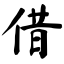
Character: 借